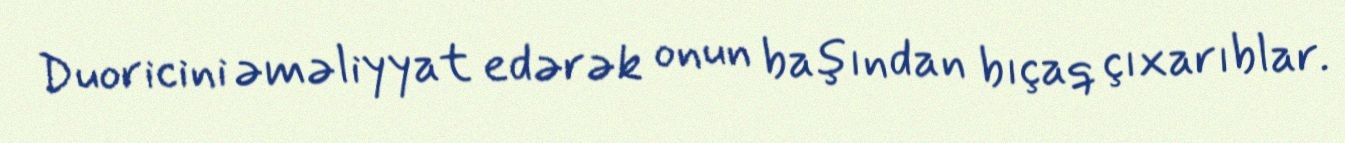
Duoricini əməliyyat edərək onun başından bıçaq çıxarıblar.